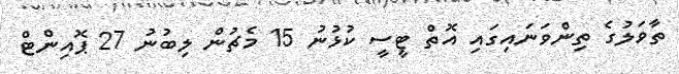
ތާވަލުގެ ތިންވަނައިގައި އޮތް ޓީސީ ކުޅުނު 15 މެޗުން ލިބުނު 27 ޕޮއިންޓް